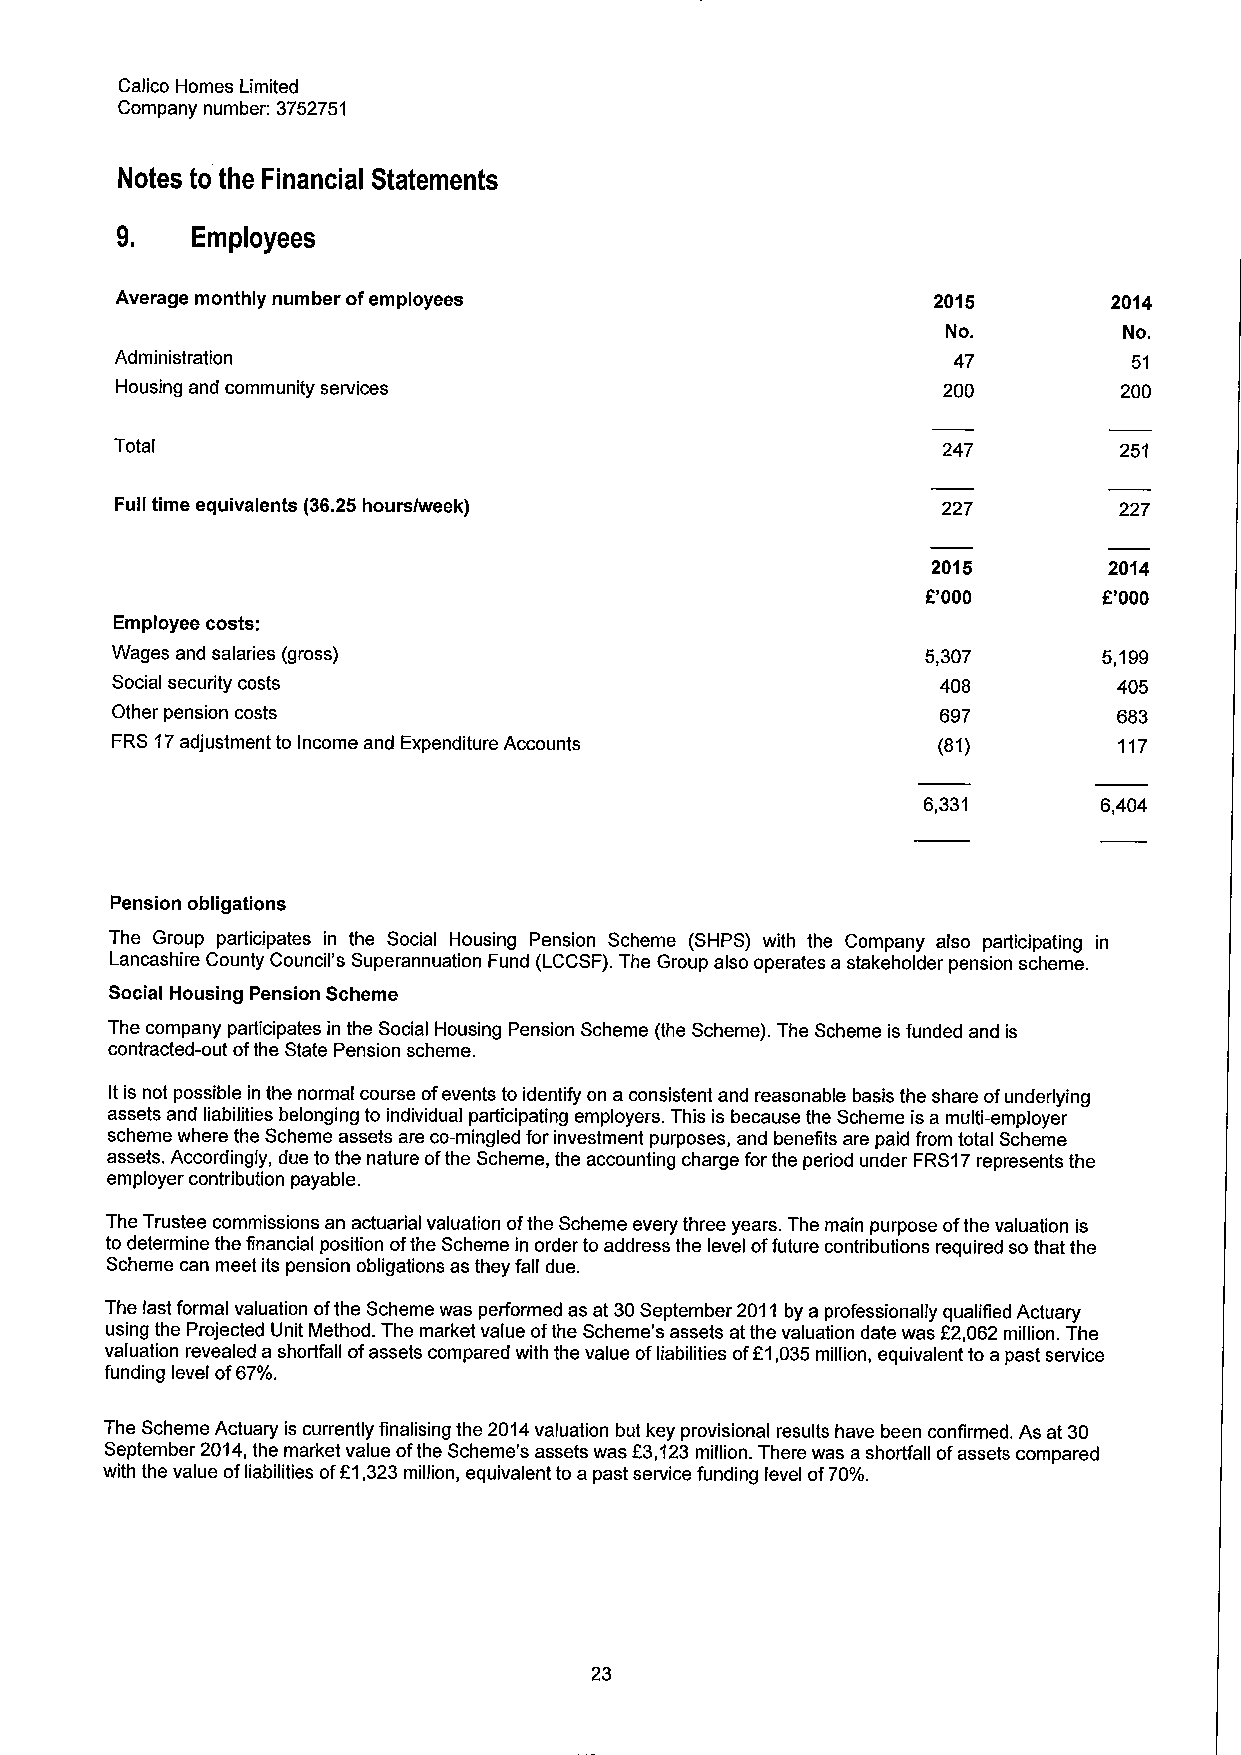
Calico Homes Limited
 Company number: 3752751
 Notes to the Financial Statements
 9.   Employees
 Average monthly number ofemployees                    2015        2014
 No.        No.
 Administration                                         47          51
 Housing and community services                        200         200
 Total                                                 247         251
 Full time equivalents (36.25 bours/week)              227         227
 2015       2014
 f.'000      E'000
 Employee costs:
 Wages and salaries (gross)                            5,307       5,199
 Social security costs                                  408         405
 Other pension costs                                    697         683
 FRS 17adjustment to Income and Expenditure Accounts    (81)        117
 6,331       6,404
 Pension obligations
 The Group participates in the Social Housing Pension Scheme (SHPS) with the Company also participating in
 Lancashire County Council's Superannuation Fund (LCCSF).The Group also operates a stakeholder pension scheme.
 Social Housing Pension Scheme
 The company participates in the Social Housing Pension Scheme (the Scheme). The Scheme is funded and is
 contracted-out ofthe State Pension scheme.
 Itis not possible in the normal course ofevents to identify on a consistent and reasonable basis the share ofunderlying
 assets and liabilities belonging to individual participating employers. This is because the Scheme is a multi-employer
 scheme where the Scheme assets are co-mingled for investment purposes, and benefits are paid from total Scheme
 assets. Accordingly, due to the nature ofthe Scheme, the accounting charge for the period under FRS17represents the
 employer contribution payable.
 The Trustee commissions an actuarial valuation ofthe Scheme every three years. The main purpose ofthe valuation is
 to determine the financial position ofthe Scheme in order to address the level offuture contributions required so that the
 Scheme can meet its pension obligations as they fall due.
 The last formal valuation ofthe Scheme was performed as at 30September 2011by a professionally qualified Actuary
 using the Projected Unit Method. The market value ofthe Scheme's assets at the valuation date was E2,062million. The
 valuation revealed a shortfall ofassets compared with the value ofliabilities ofE1,035million, equivalent to apast service
 funding level of67%.
 The Scheme Actuary is currently finalising the 2014valuation but key provisional results have been confirmed. As at 30
 September 2014,the market value ofthe Scheme's assets was E3,123million. There was ashortfall ofassets compared
 with the value ofliabilities ofF1,323million, equivalent to a past service funding level of70%.
 23